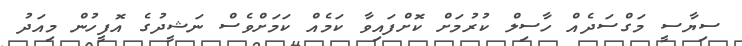
ސިޔާސީ މަގްސަދެއް ހާސިލް ކުރުމަށް ކޮށްފައިވާ ކަމެއް ކަމަށްވެސް ނަޝީދުގެ އޮފީހުން މިއަދު